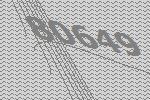
80649